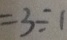
= 3 \div 1